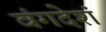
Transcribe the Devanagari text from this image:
वंगदेशं